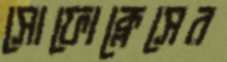
সোফোক্লেসের